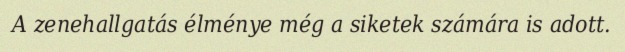
A zenehallgatás élménye még a siketek számára is adott.